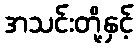
အသင်းတို့နှင့်